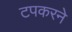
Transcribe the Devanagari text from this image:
टपकरने